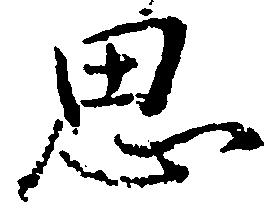
思